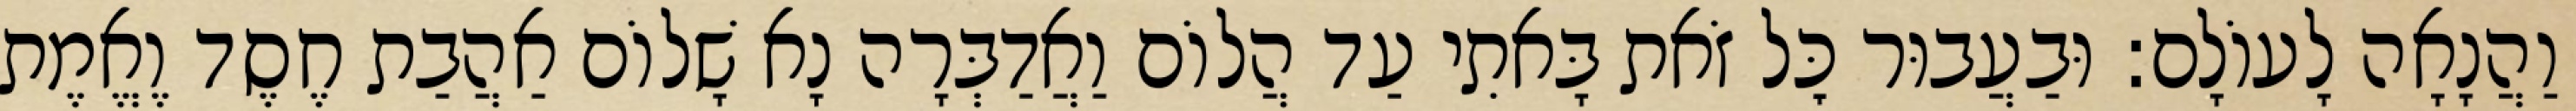
וַהֲנָאָה לָעוֹלָם: וּבַעֲבוּר כׇּל זֹאת בָּאתִי עַד הֲלוֹם וַאֲדַבְּרָה נָא שָׁלוֹם אַהֲבַת חֶסֶד וֶאֱמֶת